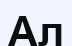
Ал